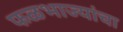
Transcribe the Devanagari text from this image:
फळभाज्यांचा